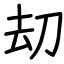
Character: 刧